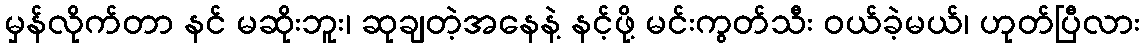
မှန်လိုက်တာ နင် မဆိုးဘူး၊ ဆုချတဲ့အနေနဲ့ နင့်ဖို့ မင်းကွတ်သီး ဝယ်ခဲ့မယ်၊ ဟုတ်ပြီလား